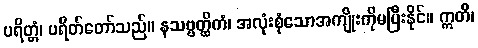
ပရိတ္တံ၊ ပရိတ်တော်သည်။ နသဗ္ဗတ္ထိကံ၊ အလုံးစုံသောအကျိုးကိုမပြီးနိုင်။ ဣတိ၊